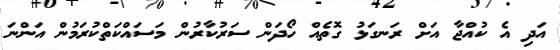
އަދި އެ ކުއްޖާ އަށް ރަނގަޅު ގޮތެއް ހޯދަން ސަރުކާރުން މަސައްކަތްކުރަމުން އަންނަ